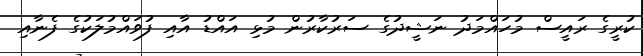
ކުރީގެ ރައީސް މުހައްމަދު ނަޝީދުގެ ސަރުކާރުން މުޅި އައްޑު އާއި ފުވައްމުލަކުގެ ފެނާއި